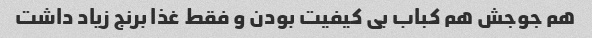
هم جوجش هم کباب بی کیفیت بودن و فقط غذا برنج زیاد داشت